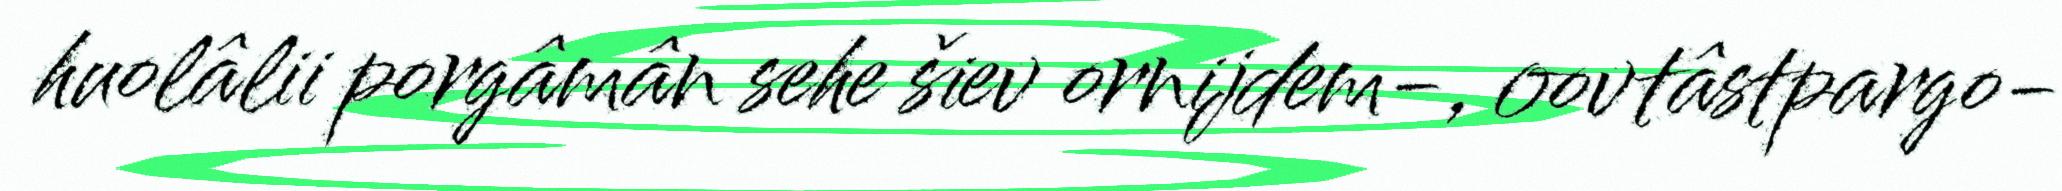
huolâlii porgâmân sehe šiev ornijdem-, oovtâstpargo-